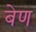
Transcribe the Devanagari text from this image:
बेण